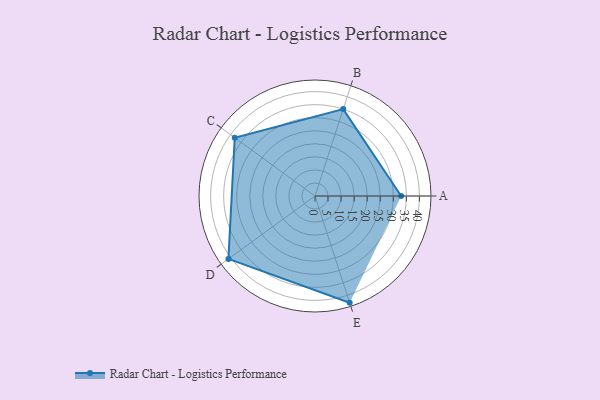
{"axis": {"x": "Skill", "y": "Score"}, "legend": ["Profile"], "data": [{"x": "A", "y": 33.0, "type": "Profile"}, {"x": "B", "y": 35.0, "type": "Profile"}, {"x": "C", "y": 38.0, "type": "Profile"}, {"x": "D", "y": 41.0, "type": "Profile"}, {"x": "E", "y": 43.0, "type": "Profile"}]}